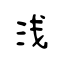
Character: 浅